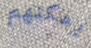
يمكنهم